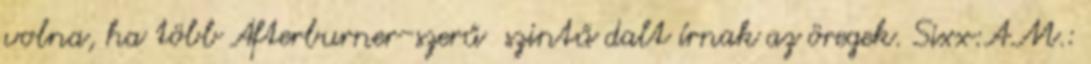
volna, ha több Afterburner-szerű szintű dalt írnak az öregek. Sixx:A.M.: